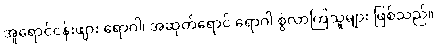
အူရောင်ငန်းဖျား ရောဂါ၊ အဆုတ်ရောင် ရောဂါ စွဲလာကြသူများ ဖြစ်သည်။